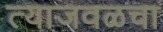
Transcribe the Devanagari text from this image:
त्याजवळचा